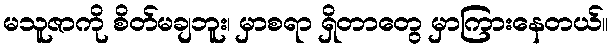
မသူဇာကို စိတ်မချဘူး၊ မှာစရာ ရှိတာတွေ မှာကြားနေတယ်။